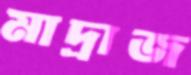
মাদ্রাজ